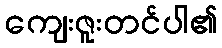
ကျေးဇူးတင်ပါ၏